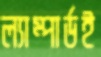
ল্যাম্পার্ডই